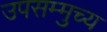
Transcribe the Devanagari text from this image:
उपसम्मुच्य